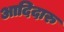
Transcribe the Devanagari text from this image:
आदिदारु